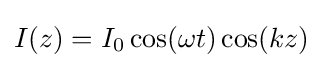
I(z)=I_{0}\cos(\omega t)\cos(kz)\